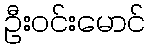
ဦးဝင်းမောင်